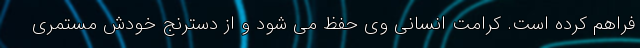
فراهم کرده است. کرامت انسانی وی حفظ می شود و از دسترنج خودش مستمری